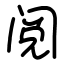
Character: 阅